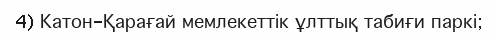
4) Катон-Қарағай мемлекеттік ұлттық табиғи паркі;